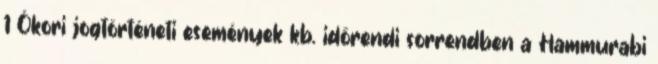
1 Ókori jogtörténeti események kb. időrendi sorrendben a Hammurabi